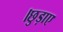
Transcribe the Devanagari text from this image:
।छुड़ाए